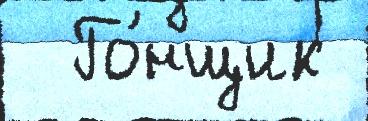
  Го́нщик